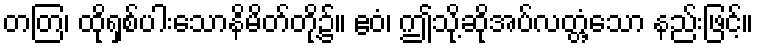
တတြ၊ ထိုရှစ်ပါးသောနိမိတ်တို့၌။ ဧဝံ၊ ဤသို့ဆိုအပ်လတ္တံ့သော နည်းဖြင့်။